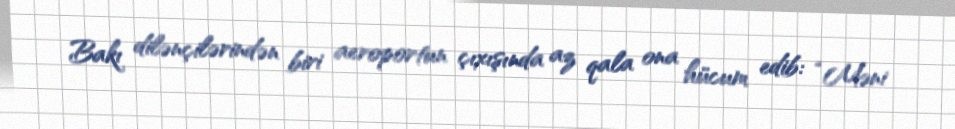
Bakı dilənçilərindən biri aeroportun çıxışında az qala ona hücum edib: “Məni